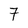
Character: 7